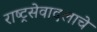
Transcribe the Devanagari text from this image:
राष्ट्रसेवादलाचे